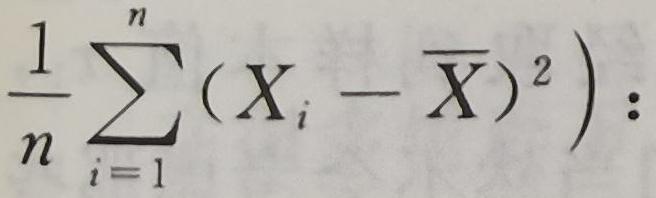
$\frac{1}{n}\sum_{i = 1}^{n}(X_{i}-\overline{X})^{2}):$